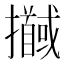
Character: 𢹖